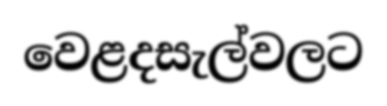
වෙළදසැල්වලට